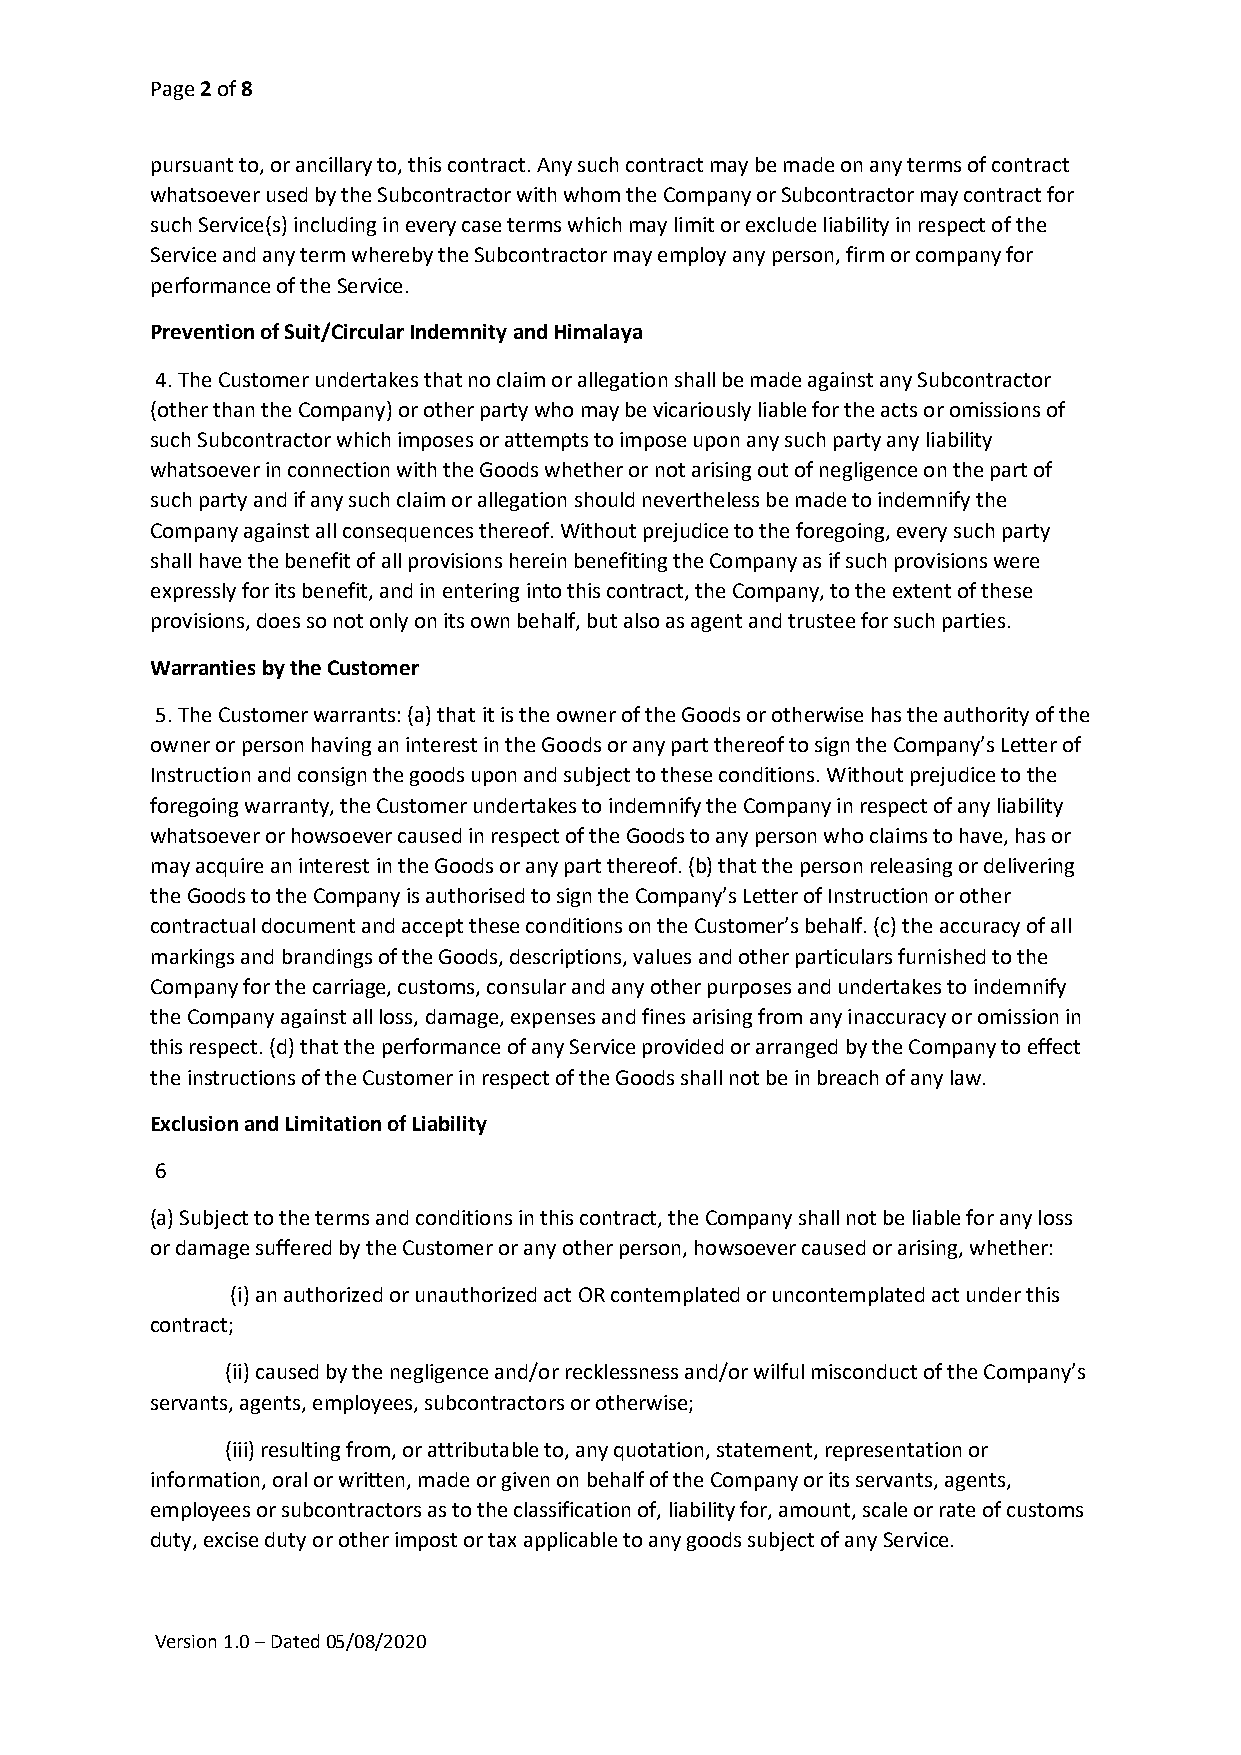
Page 2 of 8
 pursuant to, or ancillary to, this contract. Any such contract may be made on any terms of contract
 whatsoever used by the Subcontractor with whom the Company or Subcontractor may contract for
 such Service(s) including in every case terms which may limit or exclude liability in respect of the
 Service and any term whereby the Subcontractor may employ any person, firm or company for
 performance of the Service.
 Prevention of Suit/Circular Indemnity and Himalaya
 4. The Customer undertakes that no claim or allegation shall be made against any Subcontractor
 (other than the Company) or other party who may be vicariously liable for the acts or omissions of
 such Subcontractor which imposes or attempts to impose upon any such party any liability
 whatsoever in connection with the Goods whether or not arising out of negligence on the part of
 such party and if any such claim or allegation should nevertheless be made to indemnify the
 Company against all consequences thereof. Without prejudice to the foregoing, every such party
 shall have the benefit of all provisions herein benefiting the Company as if such provisions were
 expressly for its benefit, and in entering into this contract, the Company, to the extent of these
 provisions, does so not only on its own behalf, but also as agent and trustee for such parties.
 Warranties by the Customer
 5. The Customer warrants: (a) that it is the owner of the Goods or otherwise has the authority of the
 owner or person having an interest in the Goods or any part thereof to sign the Company’s Letter of
 Instruction and consign the goods upon and subject to these conditions. Without prejudice to the
 foregoing warranty, the Customer undertakes to indemnify the Company in respect of any liability
 whatsoever or howsoever caused in respect of the Goods to any person who claims to have, has or
 may acquire an interest in the Goods or any part thereof. (b) that the person releasing or delivering
 the Goods to the Company is authorised to sign the Company’s Letter of Instruction or other
 contractual document and accept these conditions on the Customer’s behalf. (c) the accuracy of all
 markings and brandings of the Goods, descriptions, values and other particulars furnished to the
 Company for the carriage, customs, consular and any other purposes and undertakes to indemnify
 the Company against all loss, damage, expenses and fines arising from any inaccuracy or omission in
 this respect. (d) that the performance of any Service provided or arranged by the Company to effect
 the instructions of the Customer in respect of the Goods shall not be in breach of any law.
 Exclusion and Limitation of Liability
 6
 (a) Subject to the terms and conditions in this contract, the Company shall not be liable for any loss
 or damage suffered by the Customer or any other person, howsoever caused or arising, whether:
 (i) an authorized or unauthorized act OR contemplated or uncontemplated act under this
 contract;
 (ii) caused by the negligence and/or recklessness and/or wilful misconduct of the Company’s
 servants, agents, employees, subcontractors or otherwise;
 (iii) resulting from, or attributable to, any quotation, statement, representation or
 information, oral or written, made or given on behalf of the Company or its servants, agents,
 employees or subcontractors as to the classification of, liability for, amount, scale or rate of customs
 duty, excise duty or other impost or tax applicable to any goods subject of any Service.
 Version 1.0 – Dated 05/08/2020